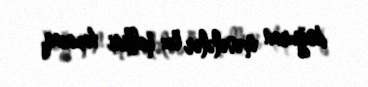
doğuran məsələlər öz həllini tapacaq.